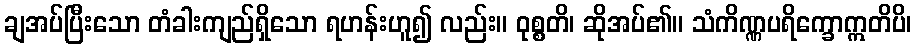
ချအပ်ပြီးသော တံခါးကျည်ရှိသော ရဟန်းဟူ၍ လည်း။ ဝုစ္စတိ၊ ဆိုအပ်၏။ သံကိဏ္ဏပရိက္ခောဣတိပိ၊